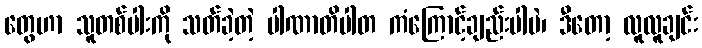
တွေဟာ သူတစ်ပါးကို သတ်ခဲ့တဲ့ ပါဏာတိပါတ ကံကြောင့်ချည်းပါပဲ၊ ဒီတော့ လူလူချင်း